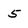
Character: 5